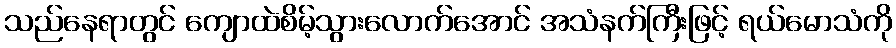
သည်နေရာတွင် ကျောထဲစိမ့်သွားလောက်အောင် အသံနက်ကြီးဖြင့် ရယ်မောသံကို